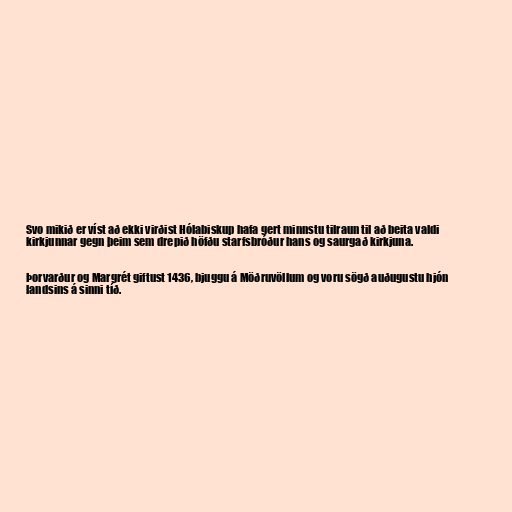
Svo mikið er víst að ekki virðist Hólabiskup hafa gert minnstu tilraun til að beita valdi
kirkjunnar gegn þeim sem drepið höfðu starfsbróður hans og saurgað kirkjuna.

Þorvarður og Margrét giftust 1436, bjuggu á Möðruvöllum og voru sögð auðugustu hjón
landsins á sinni tíð.